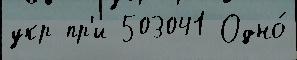
укр пр'и 503041 Одно́